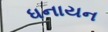
ધનાયન